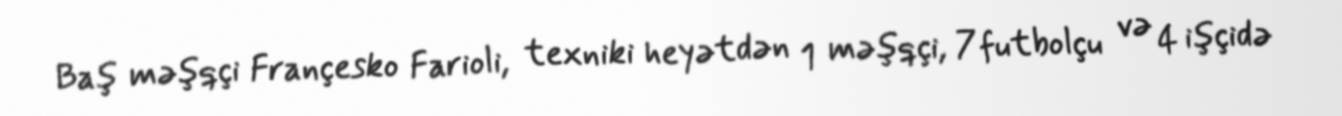
Baş məşqçi Françesko Farioli, texniki heyətdən 1 məşqçi, 7 futbolçu və 4 işçidə